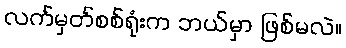
လက်မှတ်စစ်ရုံးက ဘယ်မှာ ဖြစ်မလဲ။